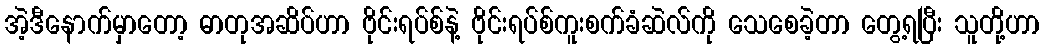
အဲ့ဒီနောက်မှာတော့ ဓာတုအဆိပ်ဟာ ဗိုင်းရပ်စ်နဲ့ ဗိုင်းရပ်စ်ကူးစက်ခံဆဲလ်ကို သေစေခဲ့တာ တွေ့ရပြီး သူတို့ဟာ